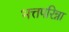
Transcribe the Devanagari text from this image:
भत्तपरिन्ना